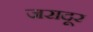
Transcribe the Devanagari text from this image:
जरादूर